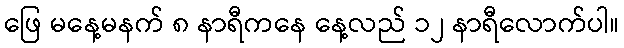
ဖြေ မနေ့မနက် ၈ နာရီကနေ နေ့လည် ၁၂ နာရီလောက်ပါ။